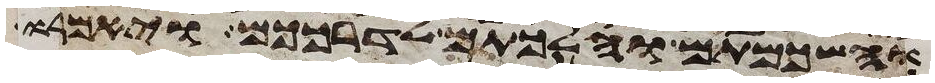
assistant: והשכמתם והלכתם לדרככם ויאמרו